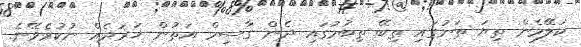
ކަލޭމެން ތިޔަ ތަނުގައި ތިބޭ ތިބުމުގައި ދެން ގާސިމް އަތުން ޚަރަދެއް ނުކުރެވޭނެ.